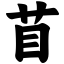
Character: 苜